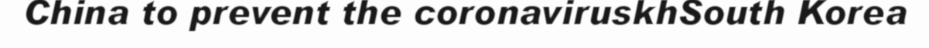
China to prevent the coronaviruskhSouth Korea